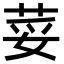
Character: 荽